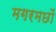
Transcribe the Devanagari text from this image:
मगरमछों